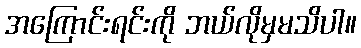
အကြောင်းရင်းကို ဘယ်လိုမှမသိပါ။